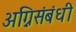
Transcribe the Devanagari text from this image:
अग्निसंबंधी